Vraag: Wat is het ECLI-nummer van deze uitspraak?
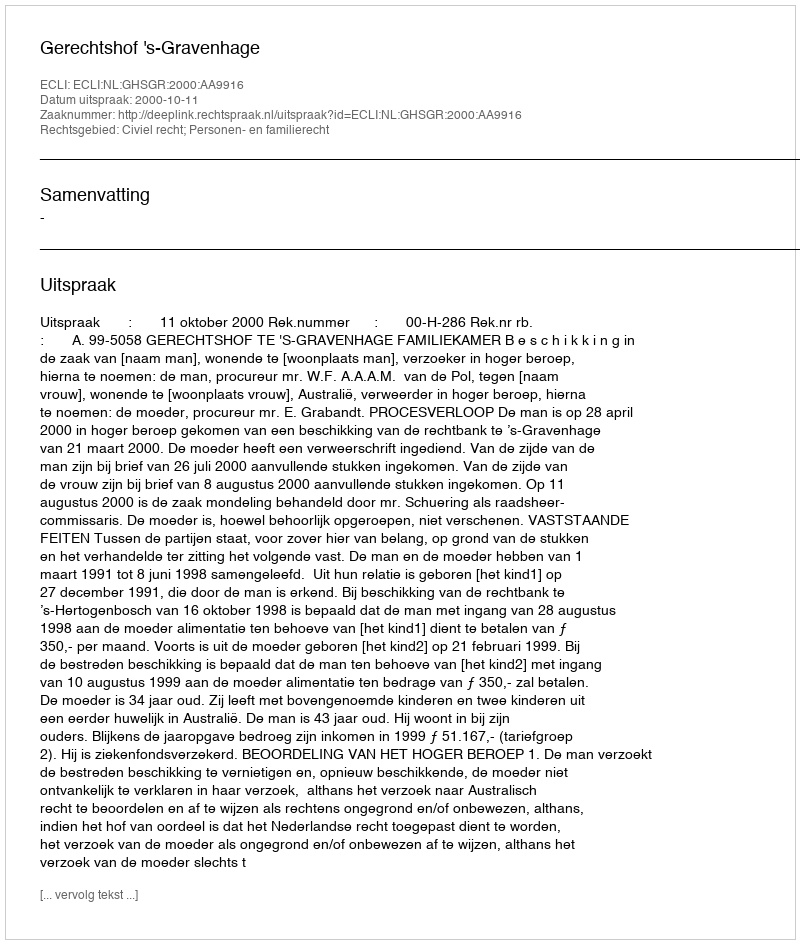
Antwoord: ECLI:NL:GHSGR:2000:AA9916